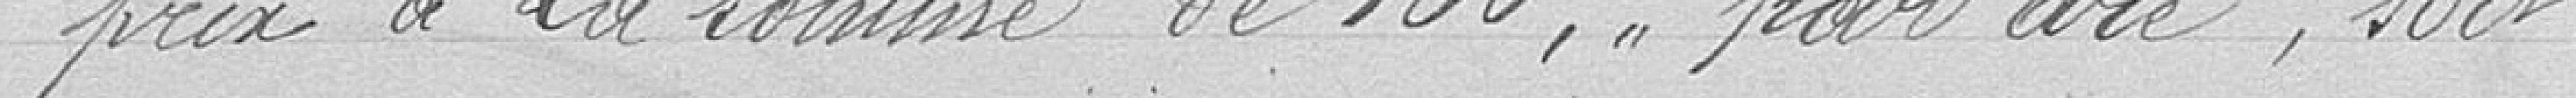
prix de la somme de 100 Francs par are, soit